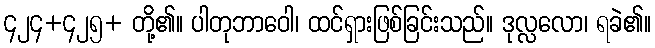
၄၂၄+၄၂၅+ တို့၏။ ပါတုဘာဝေါ၊ ထင်ရှားဖြစ်ခြင်းသည်။ ဒုလ္လလော၊ ရခဲ၏။